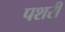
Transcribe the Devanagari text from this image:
पशरी